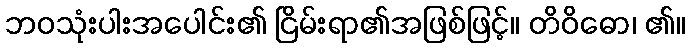
ဘဝသုံးပါးအပေါင်း၏ ငြိမ်းရာ၏အဖြစ်ဖြင့်။ တိဝိဓော၊ ၏။